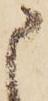
申